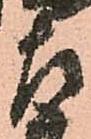
左